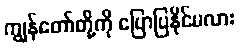
ကျွန်တော်တို့ကို ပြောပြနိုင်မလား